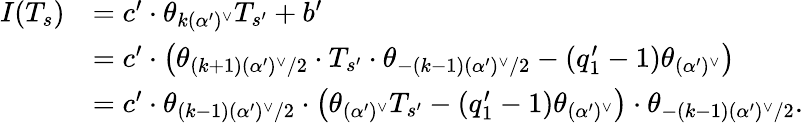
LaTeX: \begin{array}{rl}{I(T_{s})}&{=c^{\prime}\cdot\theta_{k(\alpha^{\prime})^{\vee}}T_{s^{\prime}}+b^{\prime}}\\ &{=c^{\prime}\cdot\left(\theta_{(k+1)(\alpha^{\prime})^{\vee}/2}\cdot T_{s^{\prime}}\cdot\theta_{-(k-1)(\alpha^{\prime})^{\vee}/2}-(q_{1}^{\prime}-1)\theta_{(\alpha^{\prime})^{\vee}}\right)}\\ &{=c^{\prime}\cdot\theta_{(k-1)(\alpha^{\prime})^{\vee}/2}\cdot\left(\theta_{(\alpha^{\prime})^{\vee}}T_{s^{\prime}}-(q_{1}^{\prime}-1)\theta_{(\alpha^{\prime})^{\vee}}\right)\cdot\theta_{-(k-1)(\alpha^{\prime})^{\vee}/2}.}\end{array}